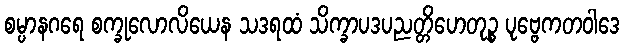
စမ္ပာနဂရေ စက္ခုလောလိယေန သဒရထံ သိက္ခာပဒပညတ္တိဟေတုဉ္စ ပုဗ္ဗေကတဝါဒေ